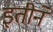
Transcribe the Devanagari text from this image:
इतीने